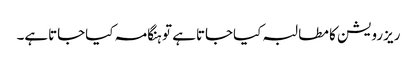
ریزرویشن کا مطالبہ کیاجاتاہے تو ہنگامہ کیاجاتاہے۔